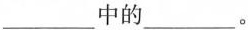
___中的___。